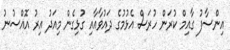
އިންސާފު ގާއިމް ކުރަން ހުރަސް އެޅުމުގެ ދައުވާއާއި ގުޅިގެން މިއަދު އިރު އޮއްސުނު